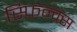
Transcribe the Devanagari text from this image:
स्फ़िन्क्स